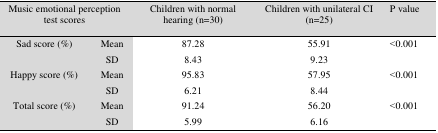
<table><thead><tr><td colspan="2"><b>Music emotional perception test scores</b></td><td><b>Children with normal hearing (n=30)</b></td><td><b>Children with unilateral CI (n=25)</b></td><td><b>P value</b></td></tr></thead><tbody><tr><td rowspan="2">Sad score (%)</td><td>Mean</td><td>87.28</td><td>55.91</td><td rowspan="2">&gt;0.001</td></tr><tr><td>SD</td><td>8.43</td><td>9.23</td></tr><tr><td rowspan="2">Happy score (%)</td><td>Mean</td><td>95.83</td><td>57.95</td><td rowspan="2">&gt;0.001</td></tr><tr><td>SD</td><td>6.21</td><td>8.44</td></tr><tr><td rowspan="2">Total score (%)</td><td>Mean</td><td>91.24</td><td>56.20</td><td rowspan="2">&gt;0.001</td></tr><tr><td>SD</td><td>5.99</td><td>6.16</td></tr></tbody></table>